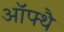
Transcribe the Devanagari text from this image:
ऑफ्थै